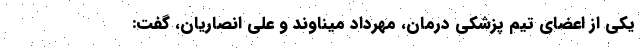
یکی از اعضای تیم پزشکی درمان، مهرداد میناوند و علی انصاریان، گفت: